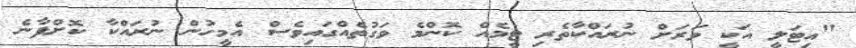
"އިޓަލީ އަކީ ވަރަށް ނުރައްކާތެރި ޓީމެއް ކޮންމެ ވަގުތެއްގައިވެސް އެމީހުން ނުރައްކާ ކޮށްފާނެ